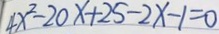
4 x ^ { 2 } - 2 0 x + 2 5 - 2 x - 1 = 0